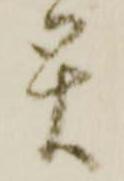
災